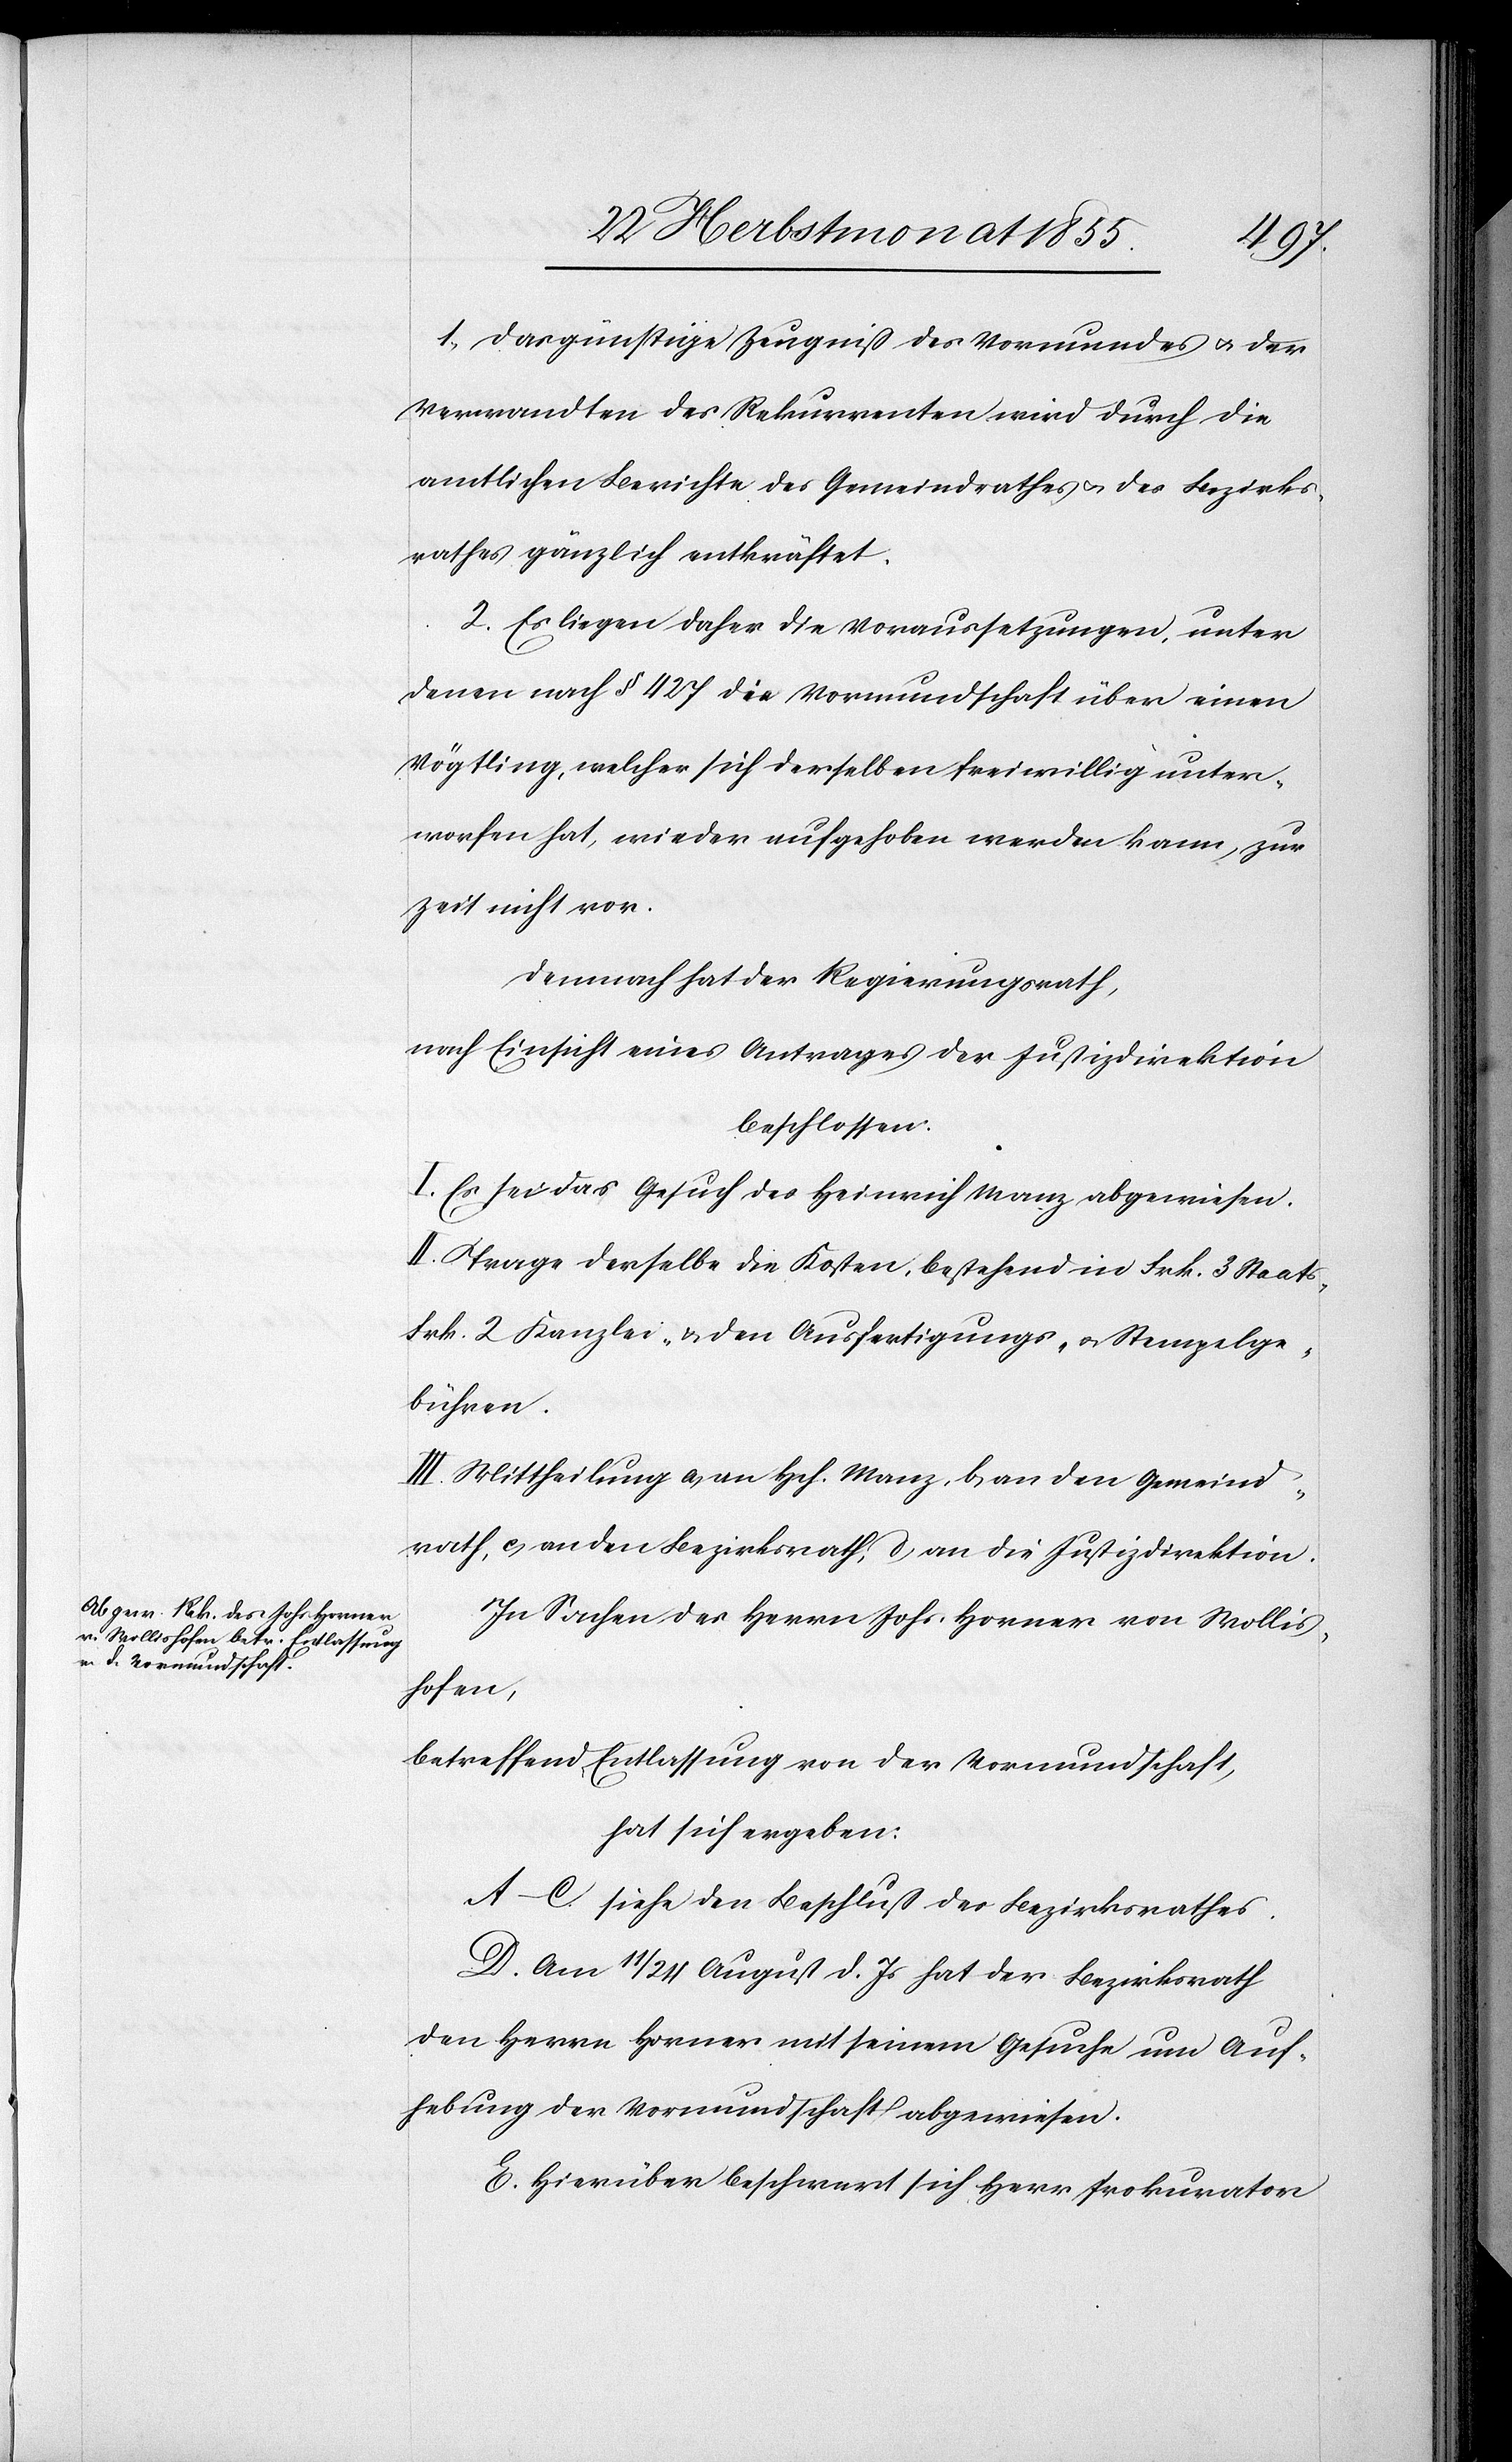
1, Das günstige Zeugniß des Vormundes & der
Verwandten des Rekurrenten wird durch die
amtlichen Berichte des Gemeindrathes & des Bezirks¬
rathes gänzlich entkräftet.
2. Es liegen daher die Voraussetzungen, unter
denen nach § 427 die Vormundschaft über einen
Vögtling, welcher sich derselben freiwillig unter¬
worfen hat, wieder aufgehoben werden kann, zur
Zeit nicht vor.
Demnach hat der Regierungsrath,
nach Einsicht eines Antrages der Justizdirektion
beschlossen:
I. Es sei das Gesuch des Heinrich Manz abgewiesen.
II. Trage derselbe die Kosten, bestehend in Frk. 3 Staats-[,]
Frk. 2 Kanzlei- & den Ausfertigungs- & Stempelge¬
bühren.
III. Mittheilung a) an Hch. Manz, b) an den Gemeind¬
rath, c) an den Bezirksrath, d) an die Justizdirektion.
In Sachen des Herrn Johs. Horner von Wollis¬
hofen,
betreffend Entlassung von der Vormundschaft,
hat sich ergeben:
A–C. siehe den Beschluß des Bezirksrathes.
D. Am 11 / 24 August d. Js hat der Bezirksrath
den Herrn Horner mit seinem Gesuche um Auf¬
hebung der Vormundschaft abgewiesen.
E. Hierüber beschwert sich Herr Prokurator